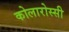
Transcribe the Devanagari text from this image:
कोलारोस्सी